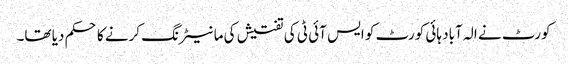
کورٹ نے الہ آباد ہائی کورٹ کو ایس آئی ٹی کی تفتیش کی مانیٹرنگ کرنے کا حکم دیا تھا۔